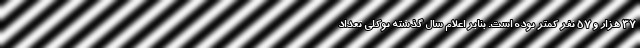
۳۷ هزار و ۵۷ نفر کمتر بوده است. بنابر اعلام سال گذشته توکلی تعداد